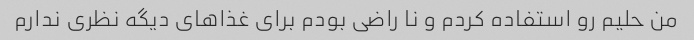
من حلیم رو استفاده کردم و نا راضی بودم برای غذا‌های دیگه نظری ندارم